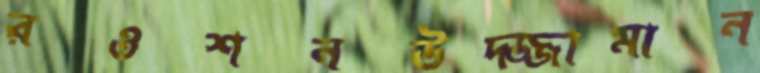
রওশনউদ্জ্জামান